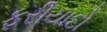
ફરીયાદો